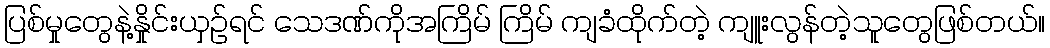
ပြစ်မှုတွေနဲ့နှိုင်းယှဉ်ရင် သေဒဏ်ကိုအကြိမ် ကြိမ် ကျခံထိုက်တဲ့ ကျူးလွန်တဲ့သူတွေဖြစ်တယ်။